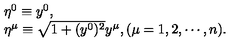
\begin{array} { l } { \eta ^ { 0 } \equiv y ^ { 0 } , } \\ { \eta ^ { \mu } \equiv \sqrt { 1 + ( y ^ { 0 } ) ^ { 2 } } y ^ { \mu } , ( \mu = 1 , 2 , \cdots , n ) . } \\ \end{array}